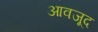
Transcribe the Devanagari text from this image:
आवजूद